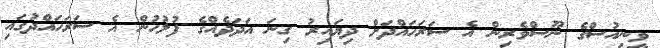
ވީނިއުސްގެ ނޫސްވެރިން އެ ސަރަހައްދަށް ދިޔައިރު ގިނަ އަދަދެއްގެ ފުލުހުން އެ ސަރަހައްދުގައި